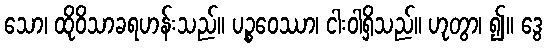
သော၊ ထိုဝိသာခရဟန်းသည်။ ပဉ္စဝေဿာ၊ ငါးဝါရှိသည်။ ဟုတွာ၊ ၍။ ဒွေ